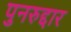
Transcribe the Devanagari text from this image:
पुनरुद्दार